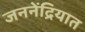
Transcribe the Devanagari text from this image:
जननेंद्रियात